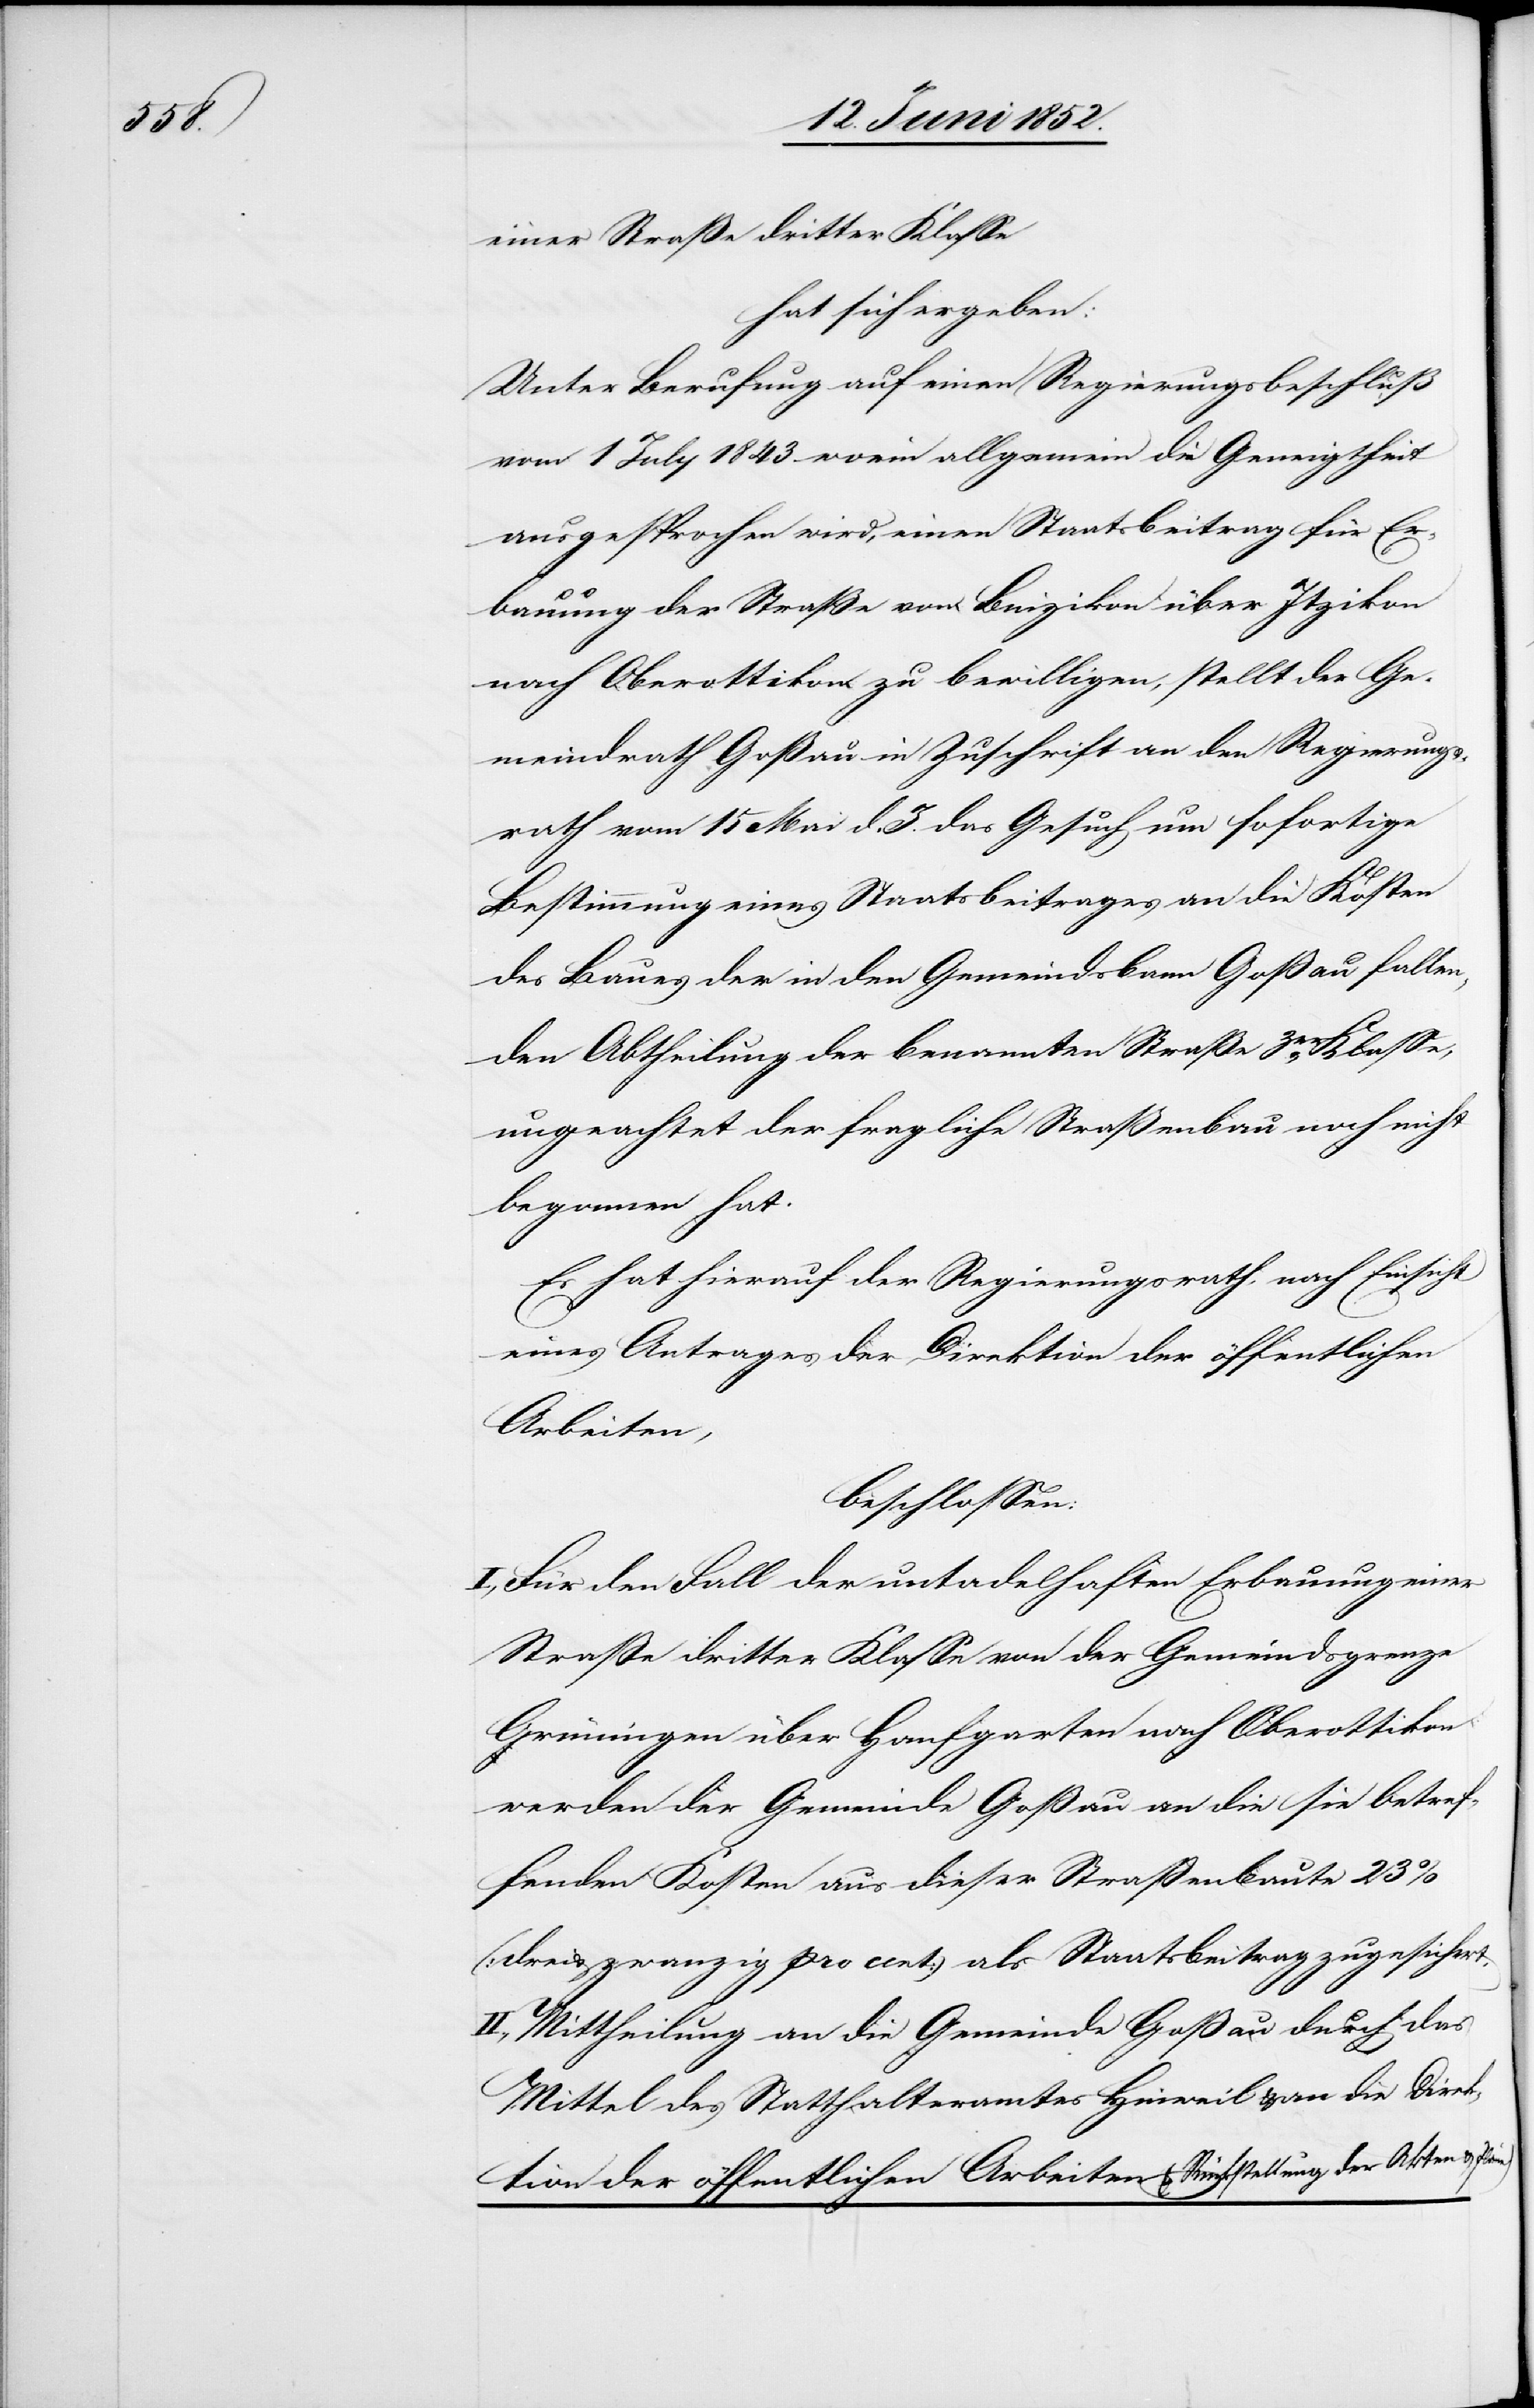
einer Straße dritter Klasse
hat sich ergeben:
Unter Berufung auf einen Regierungsbeschluß
vom 1 July 1843 worin allgemein die Geneigtheit
ausgesprochen wird, einen Staatsbeitrag für Er¬
bauung der Straße von Binzikon über Itzikon
nach Oberottikon zu bewilligen, stellt der Ge¬
meindrath Goßau in Zuschrift an den Regierungs¬
rath vom 15 Mai d. J. das Gesuch um sofortige
Bestimmung eines Staatsbeitrages an die Kosten
des Baues der in den Gemeindsbann Goßau fallen¬
den Abtheilung der benannten Straße 3er. Klasse,
ungeachtet der fragliche Straßenbau noch nicht
begonnen hat.
Es hat hierauf der Regierungsrath, nach Einsicht
eines Antrages der Direktion der öffentlichen
Arbeiten,
beschlossen:
I., Für den Fall der untadelhaften Erbauung einer
Straße dritter Klasse von der Gemeindsgrenze
Grüningen über Hanfgarten nach Oberottikon
werden der Gemeinde Goßau an die sie betref¬
fenden Kosten aus dieser Straßenbaute 23%
(drei & zwanzig pro cent) als Staatsbeitrag zugesichert.
II., Mittheilung an die Gemeinde Goßau durch das
Mittel des Statthalteramtes Hinweil & an die Direk¬
tion der öffentlichen Arbeiten [?(]Rückstellung der Akten